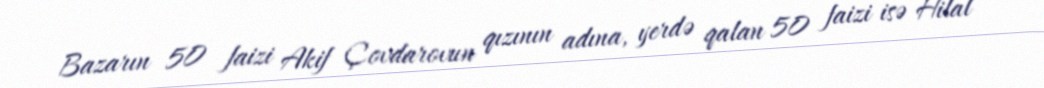
Bazarın 50 faizi Akif Çovdarovun qızının adına, yerdə qalan 50 faizi isə Hilal